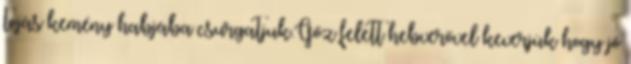
tojás kemény habjába csurgatjuk.Gőz felett hebverővel keverjük hogy jó